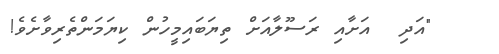
"އަދި  އަށާއި ރަސޫލާއަށް ތިޔަބައިމީހުން ކިޔަމަންތެރިވާށެވެ!